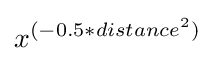
x^{(-0.5*distance^{2})}